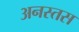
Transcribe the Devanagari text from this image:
अनस्तस